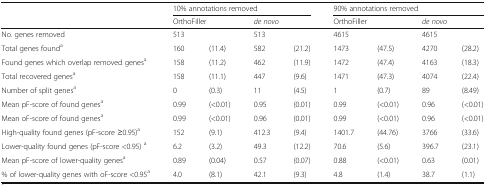
<table><thead><tr><td rowspan="2"></td><td colspan="4"><b>10% annotations removed</b></td><td colspan="4"><b>90% annotations removed</b></td></tr><tr><td colspan="2"><b>OrthoFiller</b></td><td colspan="2"><b><i>de novo</i></b></td><td colspan="2"><b>OrthoFiller</b></td><td colspan="2"><b><i>de novo</i></b></td></tr></thead><tbody><tr><td>No. genes removed</td><td colspan="2">513</td><td colspan="2">513</td><td colspan="2">4615</td><td colspan="2">4615</td></tr><tr><td>Total genes found<sup>a</sup></td><td>160</td><td>(11.4)</td><td>582</td><td>(21.2)</td><td>1473</td><td>(47.5)</td><td>4270</td><td>(28.2)</td></tr><tr><td>Found genes which overlap removed genes<sup>a</sup></td><td>158</td><td>(11.2)</td><td>462</td><td>(11.9)</td><td>1472</td><td>(47.4)</td><td>4163</td><td>(18.3)</td></tr><tr><td>Total recovered genes<sup>a</sup></td><td>158</td><td>(11.1)</td><td>447</td><td>(9.6)</td><td>1471</td><td>(47.3)</td><td>4074</td><td>(22.4)</td></tr><tr><td>Number of split genes<sup>a</sup></td><td>0</td><td>(0.3)</td><td>11</td><td>(4.5)</td><td>1</td><td>(0.7)</td><td>89</td><td>(8.49)</td></tr><tr><td>Mean pF-score of found genes<sup>a</sup></td><td>0.99</td><td>(&lt;0.01)</td><td>0.95</td><td>(0.01)</td><td>0.99</td><td>(&lt;0.01)</td><td>0.96</td><td>(&lt;0.01)</td></tr><tr><td>Mean oF-score of found genes<sup>a</sup></td><td>0.99</td><td>(&lt;0.01)</td><td>0.96</td><td>(0.01)</td><td>0.99</td><td>(&lt;0.01)</td><td>0.96</td><td>(&lt;0.01)</td></tr><tr><td>High-quality found genes (pF-score ≥0.95)<sup>a</sup></td><td>152</td><td>(9.1)</td><td>412.3</td><td>(9.4)</td><td>1401.7</td><td>(44.76)</td><td>3766</td><td>(33.6)</td></tr><tr><td>Lower-quality found genes (pF-score &lt;0.95) <sup>a</sup></td><td>6.2</td><td>(3.2)</td><td>49.3</td><td>(12.2)</td><td>70.6</td><td>(5.6)</td><td>396.7</td><td>(23.1)</td></tr><tr><td>Mean pF-score of lower-quality genes<sup>a</sup></td><td>0.89</td><td>(0.04)</td><td>0.57</td><td>(0.07)</td><td>0.88</td><td>(&lt;0.01)</td><td>0.63</td><td>(0.01)</td></tr><tr><td>% of lower-quality genes with oF-score &lt;0.95<sup>a</sup></td><td>4.0</td><td>(8.1)</td><td>42.1</td><td>(9.3)</td><td>4.8</td><td>(1.4)</td><td>38.7</td><td>(1.1)</td></tr></tbody></table>